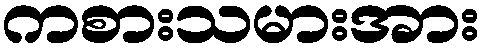
ကစားသမားအား